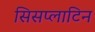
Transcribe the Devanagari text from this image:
सिसप्लाटिन